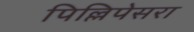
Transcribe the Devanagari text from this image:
पिल्लिपेसरा